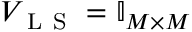
V _ { \mathrm { ~ L ~ S ~ } } = \mathbb { I } _ { M \times M }